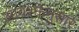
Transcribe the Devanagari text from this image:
आवश्क्तेनुसार